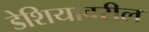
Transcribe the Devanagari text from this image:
डेशियावरील